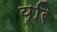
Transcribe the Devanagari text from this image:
यूरि